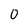
Character: 0